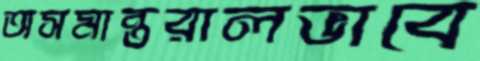
অসমান্তরালভাবে